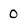
Character: 0